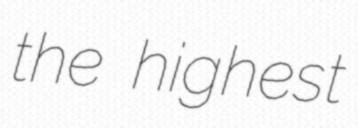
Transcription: the highest